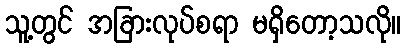
သူ့တွင် အခြားလုပ်စရာ မရှိတော့သလို။